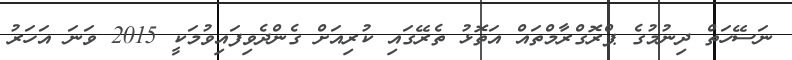
ނަސޭހަތް ދިނުމުގެ ޕްރޮގްރާމްތައް އަތޮޅު ތެރޭގައި ކުރިއަށް ގެންދެވިފައިވުމަކީ 2015 ވަނަ އަހަރު